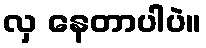
လှ နေတာပါပဲ။